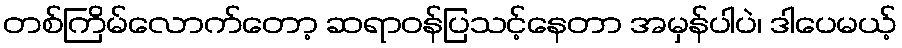
တစ်ကြိမ်လောက်တော့ ဆရာဝန်ပြသင့်နေတာ အမှန်ပါပဲ၊ ဒါပေမယ့်